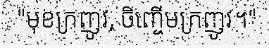
"មុខក្រញូវ, ចិញ្ចើមក្រញូវ។"